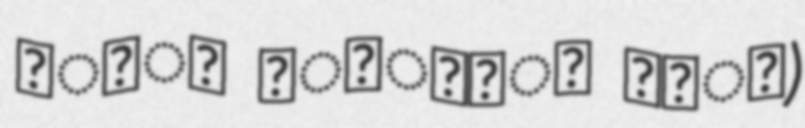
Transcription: रुवी कुमारी कर्ण)